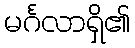
မင်္ဂလာရှိ၏